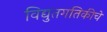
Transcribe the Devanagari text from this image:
विद्युतगतिकीचे